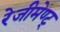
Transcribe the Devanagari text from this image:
रेजीमेण्ट्